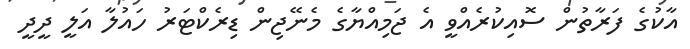
އާކުގެ ފަރާތުން ސޮއިކުރެއްވީ އެ ޖަމިއްޔާގެ މެނޭޖިން ޑިރެކްޓަރު ހައުލާ އަލީ ދީދީ